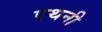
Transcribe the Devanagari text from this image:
एथनी